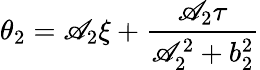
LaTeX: \theta_{2}=\mathscr{A}_{2}\xi+\frac{{\mathscr{A}_{2}\tau}}{{\mathscr{A}_{2}^{2}+b_{2}^{2}}}